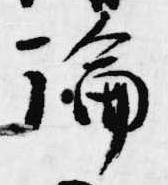
論